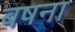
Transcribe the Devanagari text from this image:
बषना